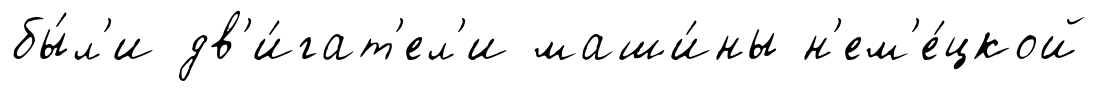
бы́л'и дв'и́гат'ел'и маши́ны н'ем'е́цкой